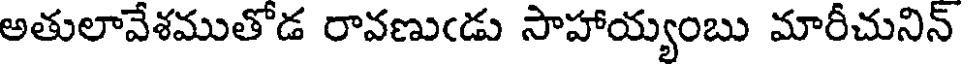
అతులావేశముతోడ రావణుఁడు సాహాయ్యంబు మారీచునిన్